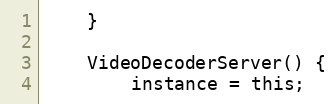
Language: C
	}

	VideoDecoderServer() {
		instance = this;